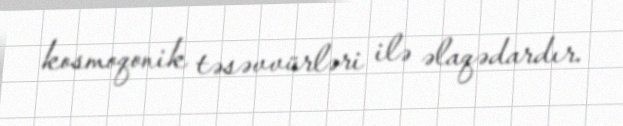
kosmoqonik təsəvvürləri ilə əlaqədardır.